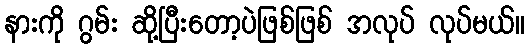
နားကို ဂွမ်း ဆို့ပြီးတော့ပဲဖြစ်ဖြစ် အလုပ် လုပ်မယ်။